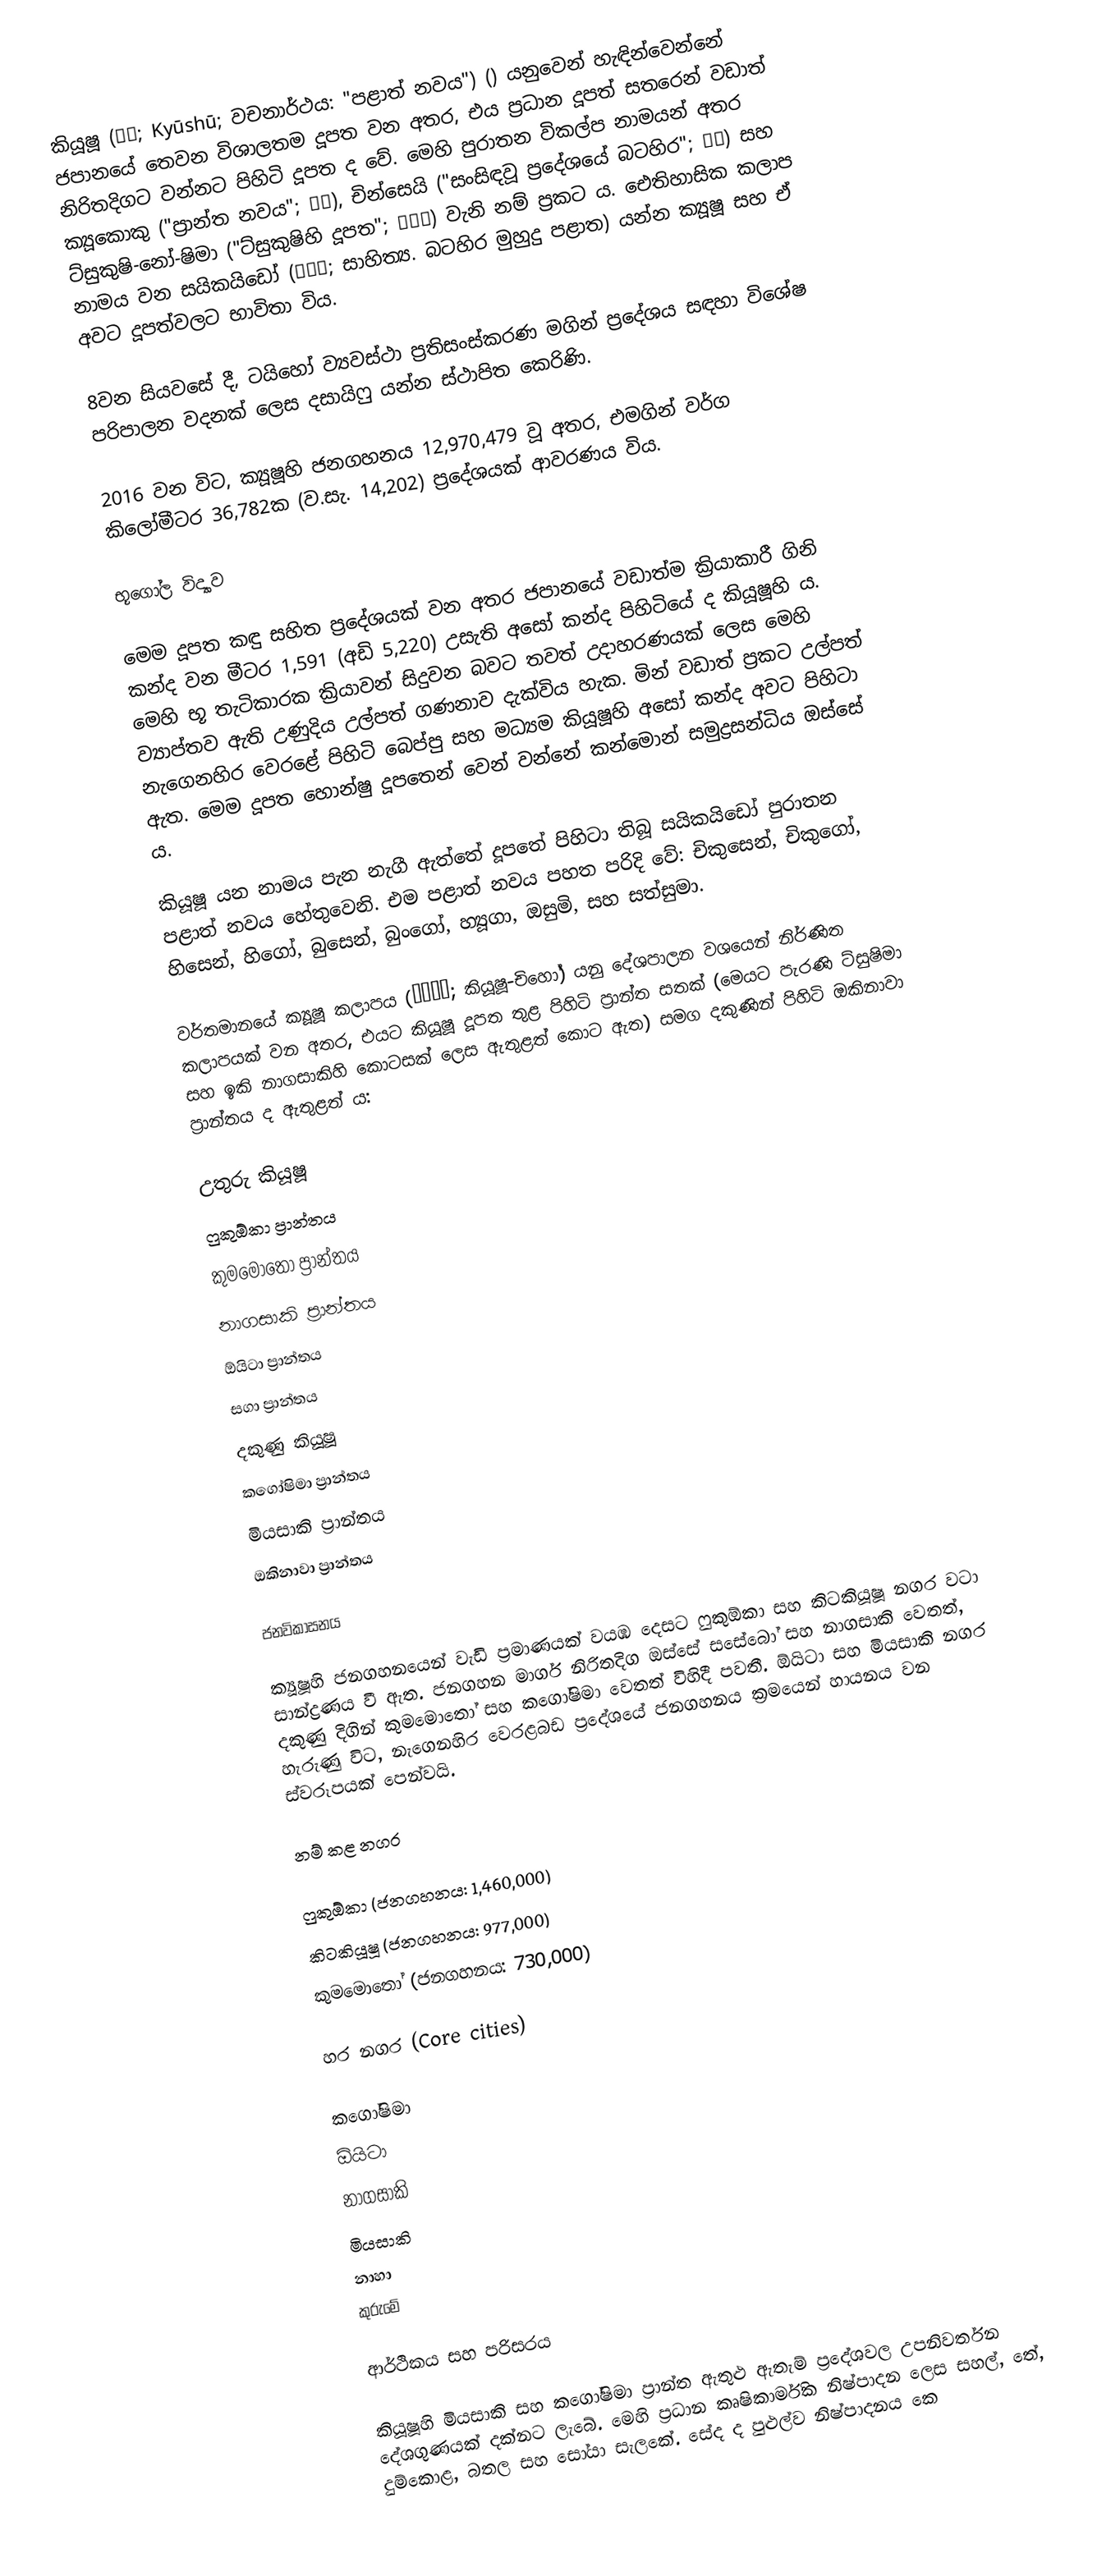
කියූෂූ (九州; Kyūshū; වචනාර්ථය: "පළාත් නවය") () යනුවෙන් හැඳින්වෙන්නේ ජපානයේ තෙවන විශාලතම දූපත වන අතර, එය ප්‍රධාන දූපත් සතරෙන් වඩාත් නිරිතදිගට වන්නට පිහිටි දූපත ද වේ. මෙහි පුරාතන විකල්ප නාමයන් අතර ක්‍යූකොකු ("ප්‍රාන්ත නවය"; 九国), චි‍න්සෙයි ("සංසිඳවූ ප්‍රදේශයේ බටහිර"; 鎮西) සහ ට්සුකුෂි-නෝ-ෂිමා ("ට්සුකුෂිහි දූපත"; 筑紫島) වැනි නම් ප්‍රකට ය. ඓතිහාසික කලාප නාමය වන සයිකයිඩෝ (西海道; සාහිත්‍ය. බටහිර මුහුදු පළාත) යන්න ක්‍යූෂූ සහ ඒ අවට දූපත්වලට භාවිතා විය.

8වන සියවසේ දී, ටයිහෝ ව්‍යවස්ථා ප්‍රතිසංස්කරණ මගින් ප්‍රදේශය සඳහා විශේෂ පරිපාලන වදනක් ලෙස දසායිෆු යන්න ස්ථාපිත කෙරිණි.

2016 වන විට, ක්‍යූෂූහි ජනගහනය 12,970,479 වූ අතර, එමගින් වර්ග කිලෝමීටර 36,782ක (ව.සැ. 14,202) ප්‍රදේශයක් ආවරණය විය.

භූගෝල විද්‍යාව

මෙම දූපත කඳු සහිත ප්‍රදේශයක් වන අතර ජපානයේ වඩාත්ම ක්‍රියාකාරී ගිනි කන්ද වන මීටර 1,591 (අඩි 5,220) උසැති අසෝ කන්ද පිහිටියේ ද කියූෂූහි ය. මෙහි භූ තැටිකාරක ක්‍රියාවන් සිදුවන බවට තවත් උදාහරණයක් ලෙස මෙහි ව්‍යාප්තව ඇති උණුදිය උල්පත් ගණනාව දැක්විය හැක. මින් වඩාත් ප්‍රකට උල්පත් නැගෙනහිර වෙරළේ පිහිටි බෙප්පු සහ මධ්‍යම කියූෂූහි අසෝ කන්ද අවට පිහිටා ඇත. මෙම දූපත හොන්ෂු දූපතෙන් වෙන් වන්නේ කන්මොන් සමුද්‍රසන්ධිය ඔස්සේ ය.

කියූෂූ යන නාමය පැන නැගී ඇත්තේ දූපතේ පිහිටා තිබූ සයිකයිඩෝ පුරාතන පළාත් නවය හේතුවෙනි. එම පළාත් නවය පහත පරිදි වේ: චිකුසෙන්, චිකුගෝ, හිසෙන්, හිගෝ, බුසෙන්, බුංගෝ, හ්‍යූගා, ඔසුමි, සහ සත්සුමා.

වර්තමානයේ ක්‍යූෂූ කලාපය (九州地方; කියූෂූ-චිහෝ) යනු දේශපාලන වශයෙන් නිර්ණිත කලාපයක් වන අතර, එයට කියූෂූ දූපත තුළ පිහිටි ප්‍රාන්ත සතක් (මෙයට පැරණි ට්සුෂිමා සහ ඉකි නාගසාකිහි කොටසක් ලෙස ඇතුළත් කොට ඇත) සමග දකුණින් පිහිටි ඔකිනාවා ප්‍රාන්තය ද ඇතුළත් ය:

 උතුරු කියූෂූ
 ෆුකුඕකා ප්‍රාන්තය
 කුමමොතෝ ප්‍රාන්තය
 නාගසාකි ප්‍රාන්තය
 ඕයිටා ප්‍රාන්තය
 සගා ප්‍රාන්තය
 දකුණු කියූෂූ
 කගෝෂිමා ප්‍රාන්තය
 මියසාකි ප්‍රාන්තය
 ඔකිනාවා ප්‍රාන්තය

ජනවිකාසනය

ක්‍යූෂූහි ජනගහනයෙන් වැඩි ප්‍රමාණයක් වයඹ දෙසට ෆුකුඕකා සහ කිටකියූෂූ නගර වටා සාන්ද්‍රණය වී ඇත. ජනගහන මාර්ග නිරිතදිග ඔස්සේ සසේබෝ සහ නාගසාකි වෙතත්, දකුණු දිගින් කුමමොතෝ සහ කගෝෂිමා වෙතත් විහිදී පවතී. ඕයිටා සහ මියසාකි නගර හැරුණු විට, නැගෙනහිර වෙරළබඩ ප්‍රදේශයේ ජනගහනය ක්‍රමයෙන් හායනය වන ස්වරූපයක් පෙන්වයි.

 නම් කළ නගර

 ෆුකුඕකා (ජනගහනය: 1,460,000)
 කිටකියූෂූ (ජනගහනය: 977,000)
 කුමමොතෝ (ජනගහනය: 730,000)

 හර නගර (Core cities)

 කගෝෂිමා
 ඕයිටා
 නාගසාකි
 මියසාකි
 නාහා
 කුරුමේ

ආර්ථිකය සහ පරිසරය

කියූෂූහි මියසාකි සහ කගෝෂිමා ප්‍රාන්ත ඇතුළු ඇතැම් ප්‍රදේශවල උපනිවර්තන දේශගුණයක් දක්නට ලැබේ. මෙහි ප්‍රධාන කෘෂිකාර්මික නිෂ්පාදන ලෙස සහල්, තේ, දුම්කොළ, බතල සහ සෝයා සැලකේ. සේද ද පුළුල්ව නිෂ්පාදනය කෙ